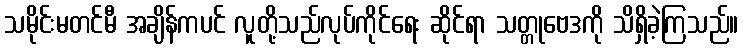
သမိုင်းမတင်မီ အချိန်ကပင် လူတို့သည်လုပ်ကိုင်ရေး ဆိုင်ရာ သတ္တုဗေဒကို သိရှိခဲ့ကြသည်။